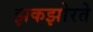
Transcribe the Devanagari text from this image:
झकझोरते